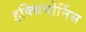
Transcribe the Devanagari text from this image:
इक्थियोर्निस